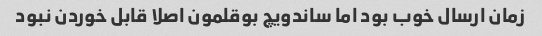
زمان ارسال خوب بود اما ساندویچ بوقلمون اصلا قابل خوردن نبود